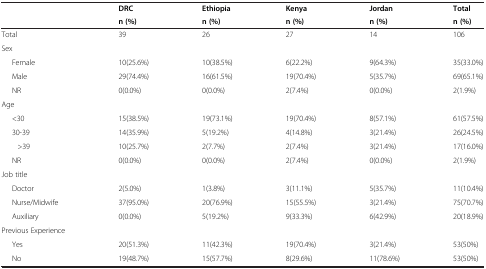
<table><thead><tr><td rowspan="2"><b> </b></td><td><b>DRC</b></td><td><b>Ethiopia</b></td><td><b>Kenya</b></td><td><b>Jordan</b></td><td><b>Total</b></td></tr><tr><td><b>n (%)</b></td><td><b>n (%)</b></td><td><b>n (%)</b></td><td><b>n (%)</b></td><td><b>n (%)</b></td></tr></thead><tbody><tr><td>Total</td><td>39</td><td>26</td><td>27</td><td>14</td><td>106</td></tr><tr><td>Sex</td><td> </td><td> </td><td> </td><td> </td><td> </td></tr><tr><td>Female</td><td>10(25.6%)</td><td>10(38.5%)</td><td>6(22.2%)</td><td>9(64.3%)</td><td>35(33.0%)</td></tr><tr><td>Male</td><td>29(74.4%)</td><td>16(61.5%)</td><td>19(70.4%)</td><td>5(35.7%)</td><td>69(65.1%)</td></tr><tr><td>NR</td><td>0(0.0%)</td><td>0(0.0%)</td><td>2(7.4%)</td><td>0(0.0%)</td><td>2(1.9%)</td></tr><tr><td>Age</td><td> </td><td> </td><td> </td><td> </td><td> </td></tr><tr><td>&lt;30</td><td>15(38.5%)</td><td>19(73.1%)</td><td>19(70.4%)</td><td>8(57.1%)</td><td>61(57.5%)</td></tr><tr><td>30-39</td><td>14(35.9%)</td><td>5(19.2%)</td><td>4(14.8%)</td><td>3(21.4%)</td><td>26(24.5%)</td></tr><tr><td>&gt;39</td><td>10(25.7%)</td><td>2(7.7%)</td><td>2(7.4%)</td><td>3(21.4%)</td><td>17(16.0%)</td></tr><tr><td>NR</td><td>0(0.0%)</td><td>0(0.0%)</td><td>2(7.4%)</td><td>0(0.0%)</td><td>2(1.9%)</td></tr><tr><td>Job title</td><td> </td><td> </td><td> </td><td> </td><td> </td></tr><tr><td>Doctor</td><td>2(5.0%)</td><td>1(3.8%)</td><td>3(11.1%)</td><td>5(35.7%)</td><td>11(10.4%)</td></tr><tr><td>Nurse/Midwife</td><td>37(95.0%)</td><td>20(76.9%)</td><td>15(55.5%)</td><td>3(21.4%)</td><td>75(70.7%)</td></tr><tr><td>Auxiliary</td><td>0(0.0%)</td><td>5(19.2%)</td><td>9(33.3%)</td><td>6(42.9%)</td><td>20(18.9%)</td></tr><tr><td>Previous Experience</td><td> </td><td> </td><td> </td><td> </td><td> </td></tr><tr><td>Yes</td><td>20(51.3%)</td><td>11(42.3%)</td><td>19(70.4%)</td><td>3(21.4%)</td><td>53(50%)</td></tr><tr><td>No</td><td>19(48.7%)</td><td>15(57.7%)</td><td>8(29.6%)</td><td>11(78.6%)</td><td>53(50%)</td></tr></tbody></table>